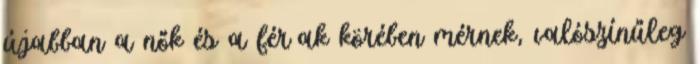
újabban a nők és a férﬁak körében mérnek, valószínűleg